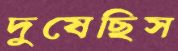
দুষেছিস